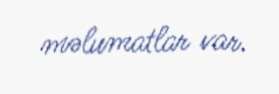
məlumatlar var.